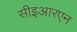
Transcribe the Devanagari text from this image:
सीइआरएन